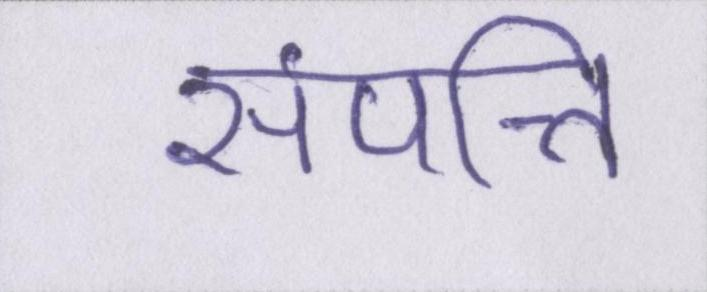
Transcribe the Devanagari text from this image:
संपत्ति